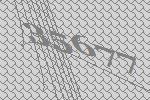
35677